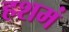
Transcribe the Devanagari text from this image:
हशमं